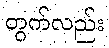
တွက်လည်း